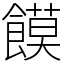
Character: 饃